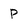
Character: p